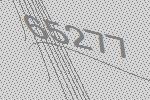
65277